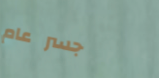
جسر عام